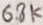
Text: 6.8k